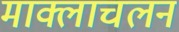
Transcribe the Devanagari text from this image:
माक्लाचलन